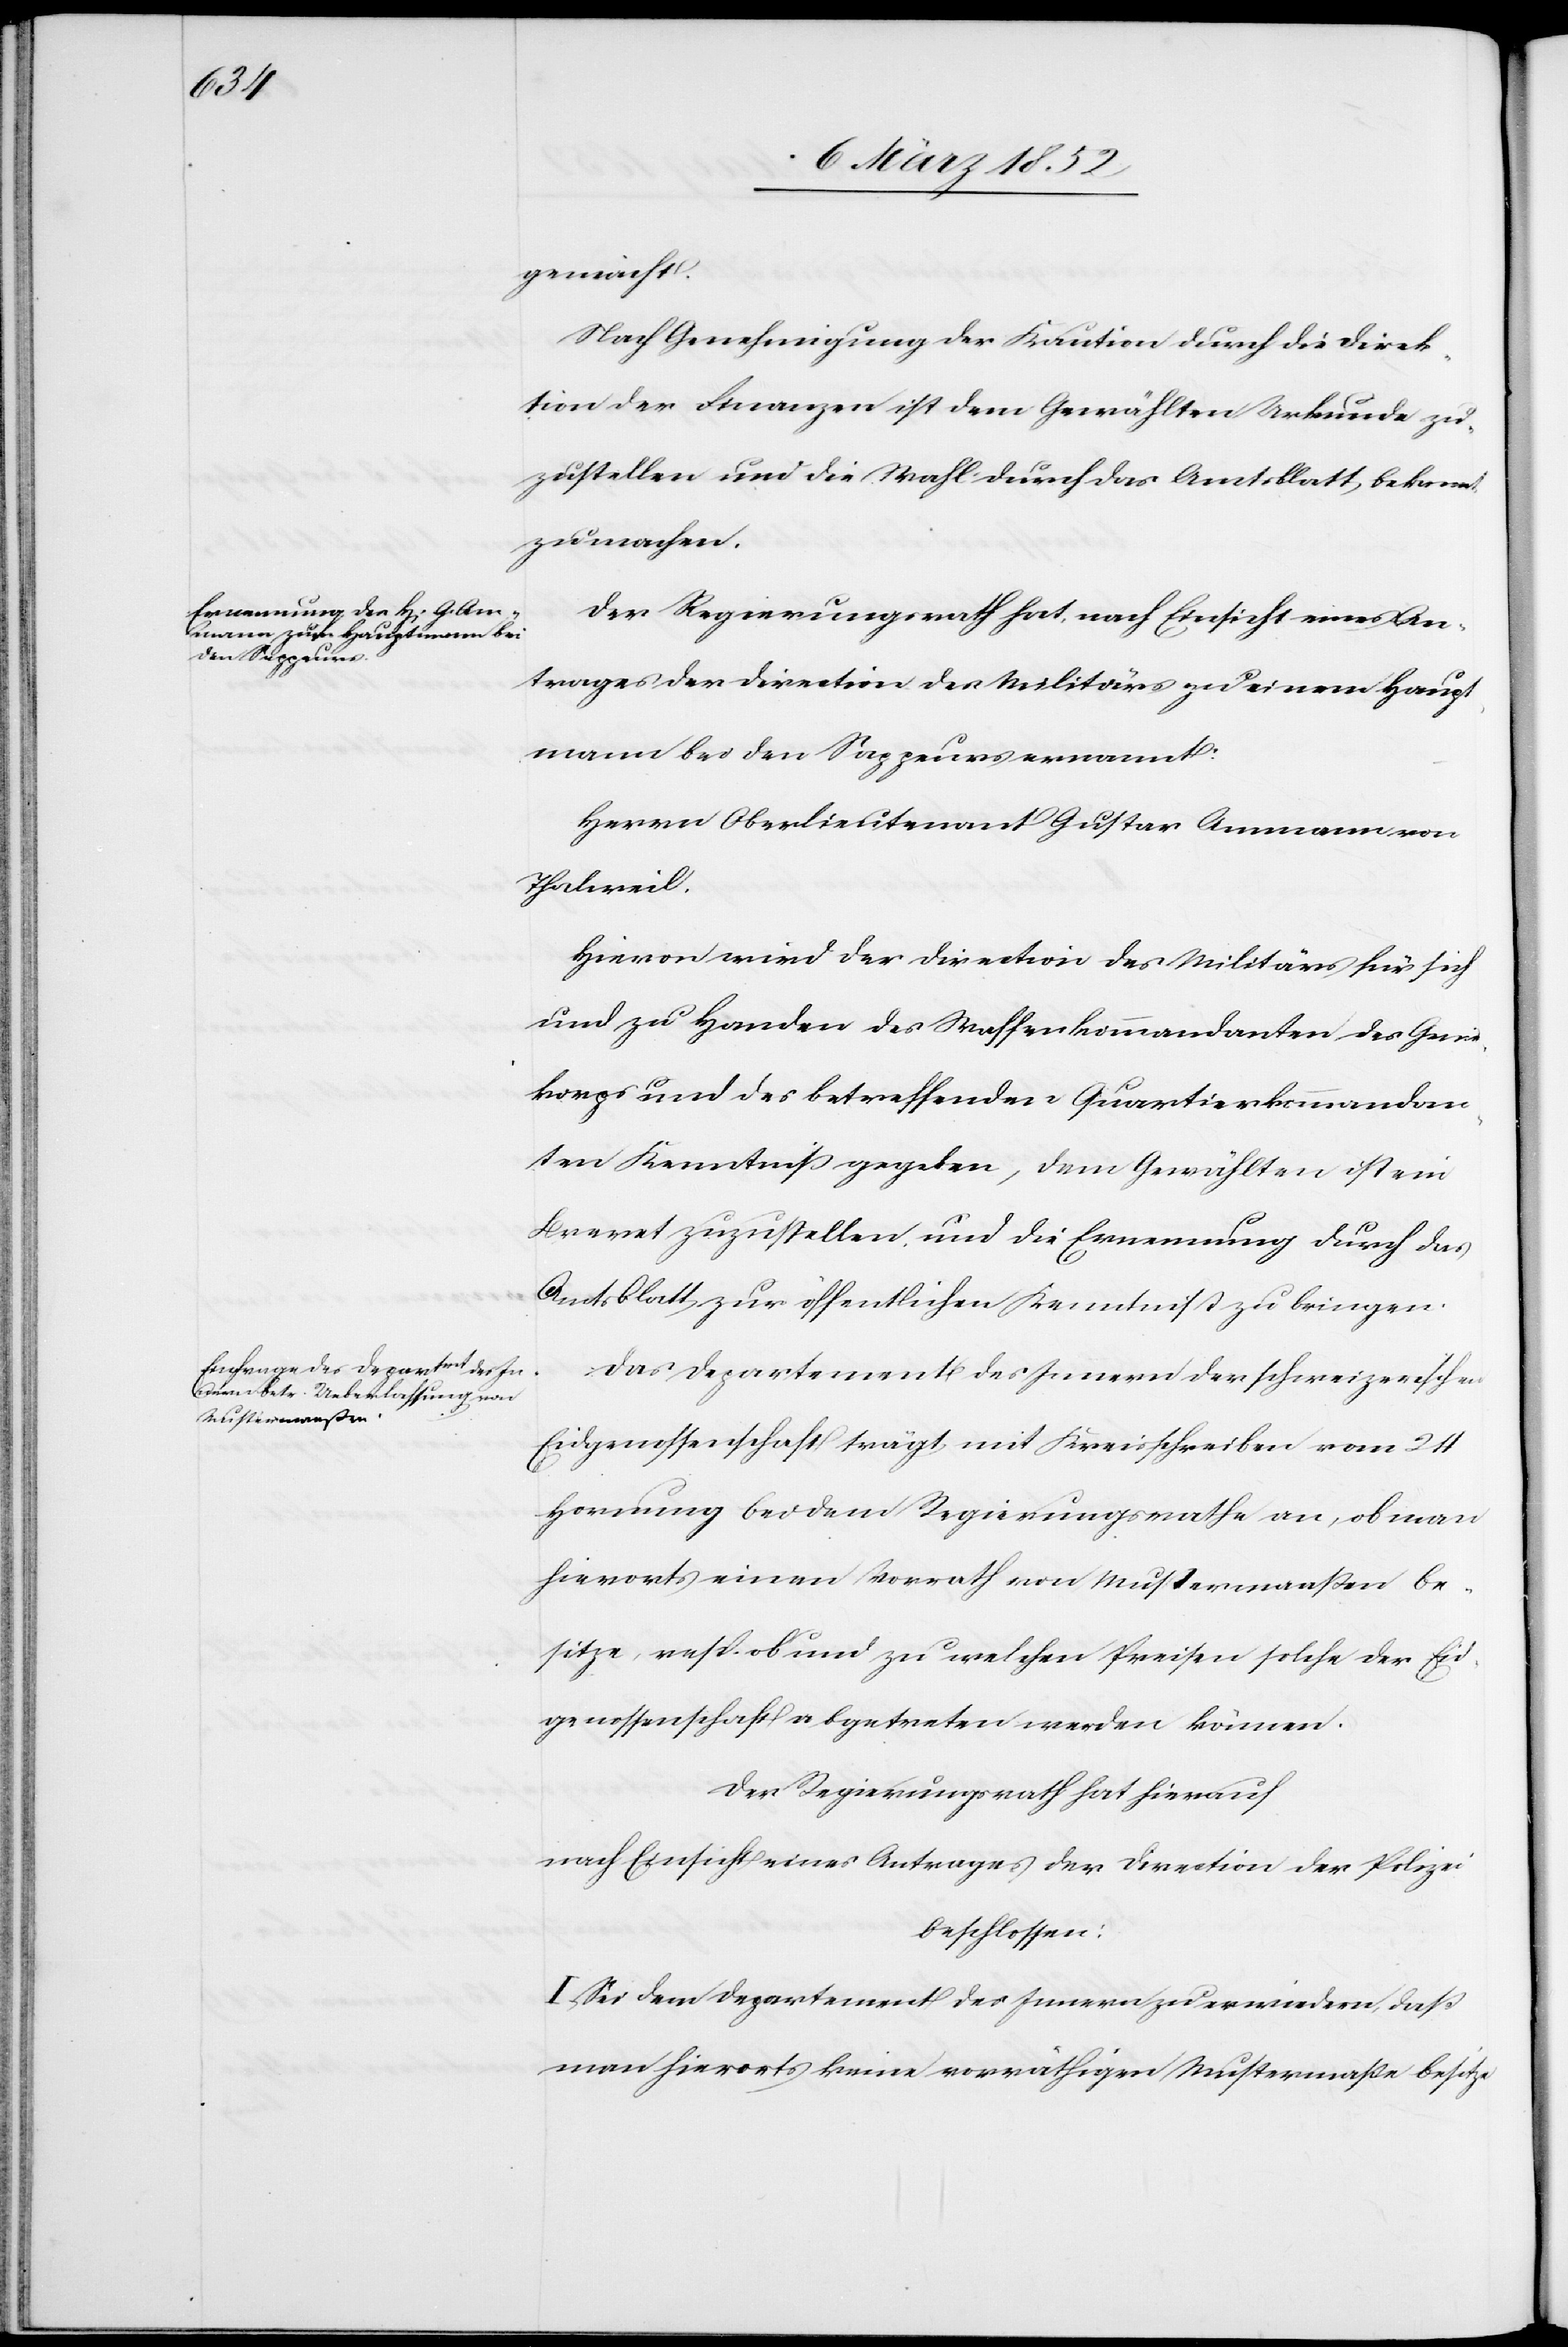
gemacht.
Nach Genehmigung der Kaution durch die Direk¬
tion der Finanzen ist dem Gewählten Urkunde zu¬
zustellen und die Wahl durch das Amtsblatt bekannt
zu machen.
Der Regierungsrath hat, nach Einsicht eines An¬
trages der Direction des Militärs zu einem Haupt¬
mann bei den Sappeurs ernannt:
Herrn Oberlieutenant Gustav Ammann von
Thalweil.
Hievon wird der Direction des Militärs für sich
und zu Handen des Waffenkommandanten des Genie¬
korps und des betreffenden Quartierkommandan¬
ten Kenntniß gegeben, dem Gewählten ist ein
Brevet zuzustellen und die Ernennung durch das
Amtsblatt zur öffentlichen Kenntniß zu bringen.
Das Departement des Innern der schweizerischen
Eidgenossenschaft trägt mit Kreisschreiben vom 24
Hornung bei dem Regierungsrathe an, ob man
hierorts einen Vorrath von Mustermaaßen be¬
sitze, resp. ob und zu welchen Preisen solche der Eid¬
genossenschaft abgetreten werden können.
Der Regierungsrath hat hierauf
nach Einsicht eines Antrages der Direction der Polizei
beschlossen:
I. Sei dem Departement des Innern zu erwiedern, daß
man hierorts keine vorräthigen Mustermaße besitze